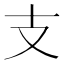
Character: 支